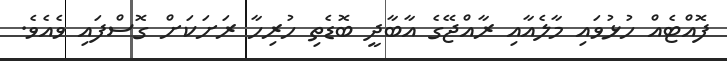
ފޮއްޓެއް ހުޅުވައި މާލެއާއި ރާއްޖޭގެ އާބާދީ ބޮޑެތި ހުރިހާ ރަށަކަށް ގޮސްފައި ވެއެވެ.